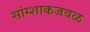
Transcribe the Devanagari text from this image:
सांग्शाकजवळ